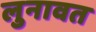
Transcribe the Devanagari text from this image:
लुनावत